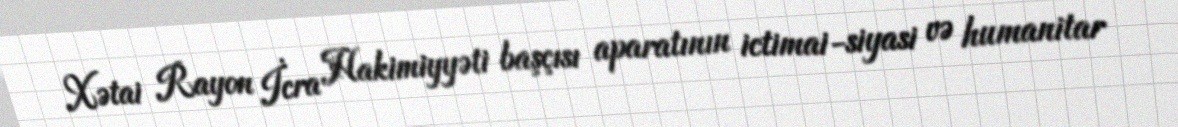
Xətai Rayon İcra Hakimiyyəti başçısı aparatının ictimai-siyasi və humanitar